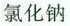
氯化钠